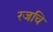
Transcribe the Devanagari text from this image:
रजचि